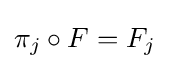
\pi _{j}\circ F=F_{j}